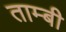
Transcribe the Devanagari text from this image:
ताम्बी